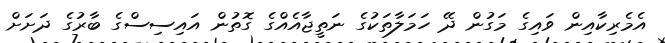
އެމެރިކާއިން ވައިގެ މަގުން ދޭ ހަމަލާތަކުގެ ނަތީޖާއެއްގެ ގޮތުން އައިސިސްގެ ބާރުގެ ދަށަށް